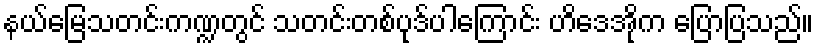
နယ်မြေသတင်းကဏ္ဍတွင် သတင်းတစ်ပုဒ်ပါကြောင်း ဟိဒေအိုက ပြောပြသည်။